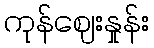
ကုန်ဈေးနှုန်း